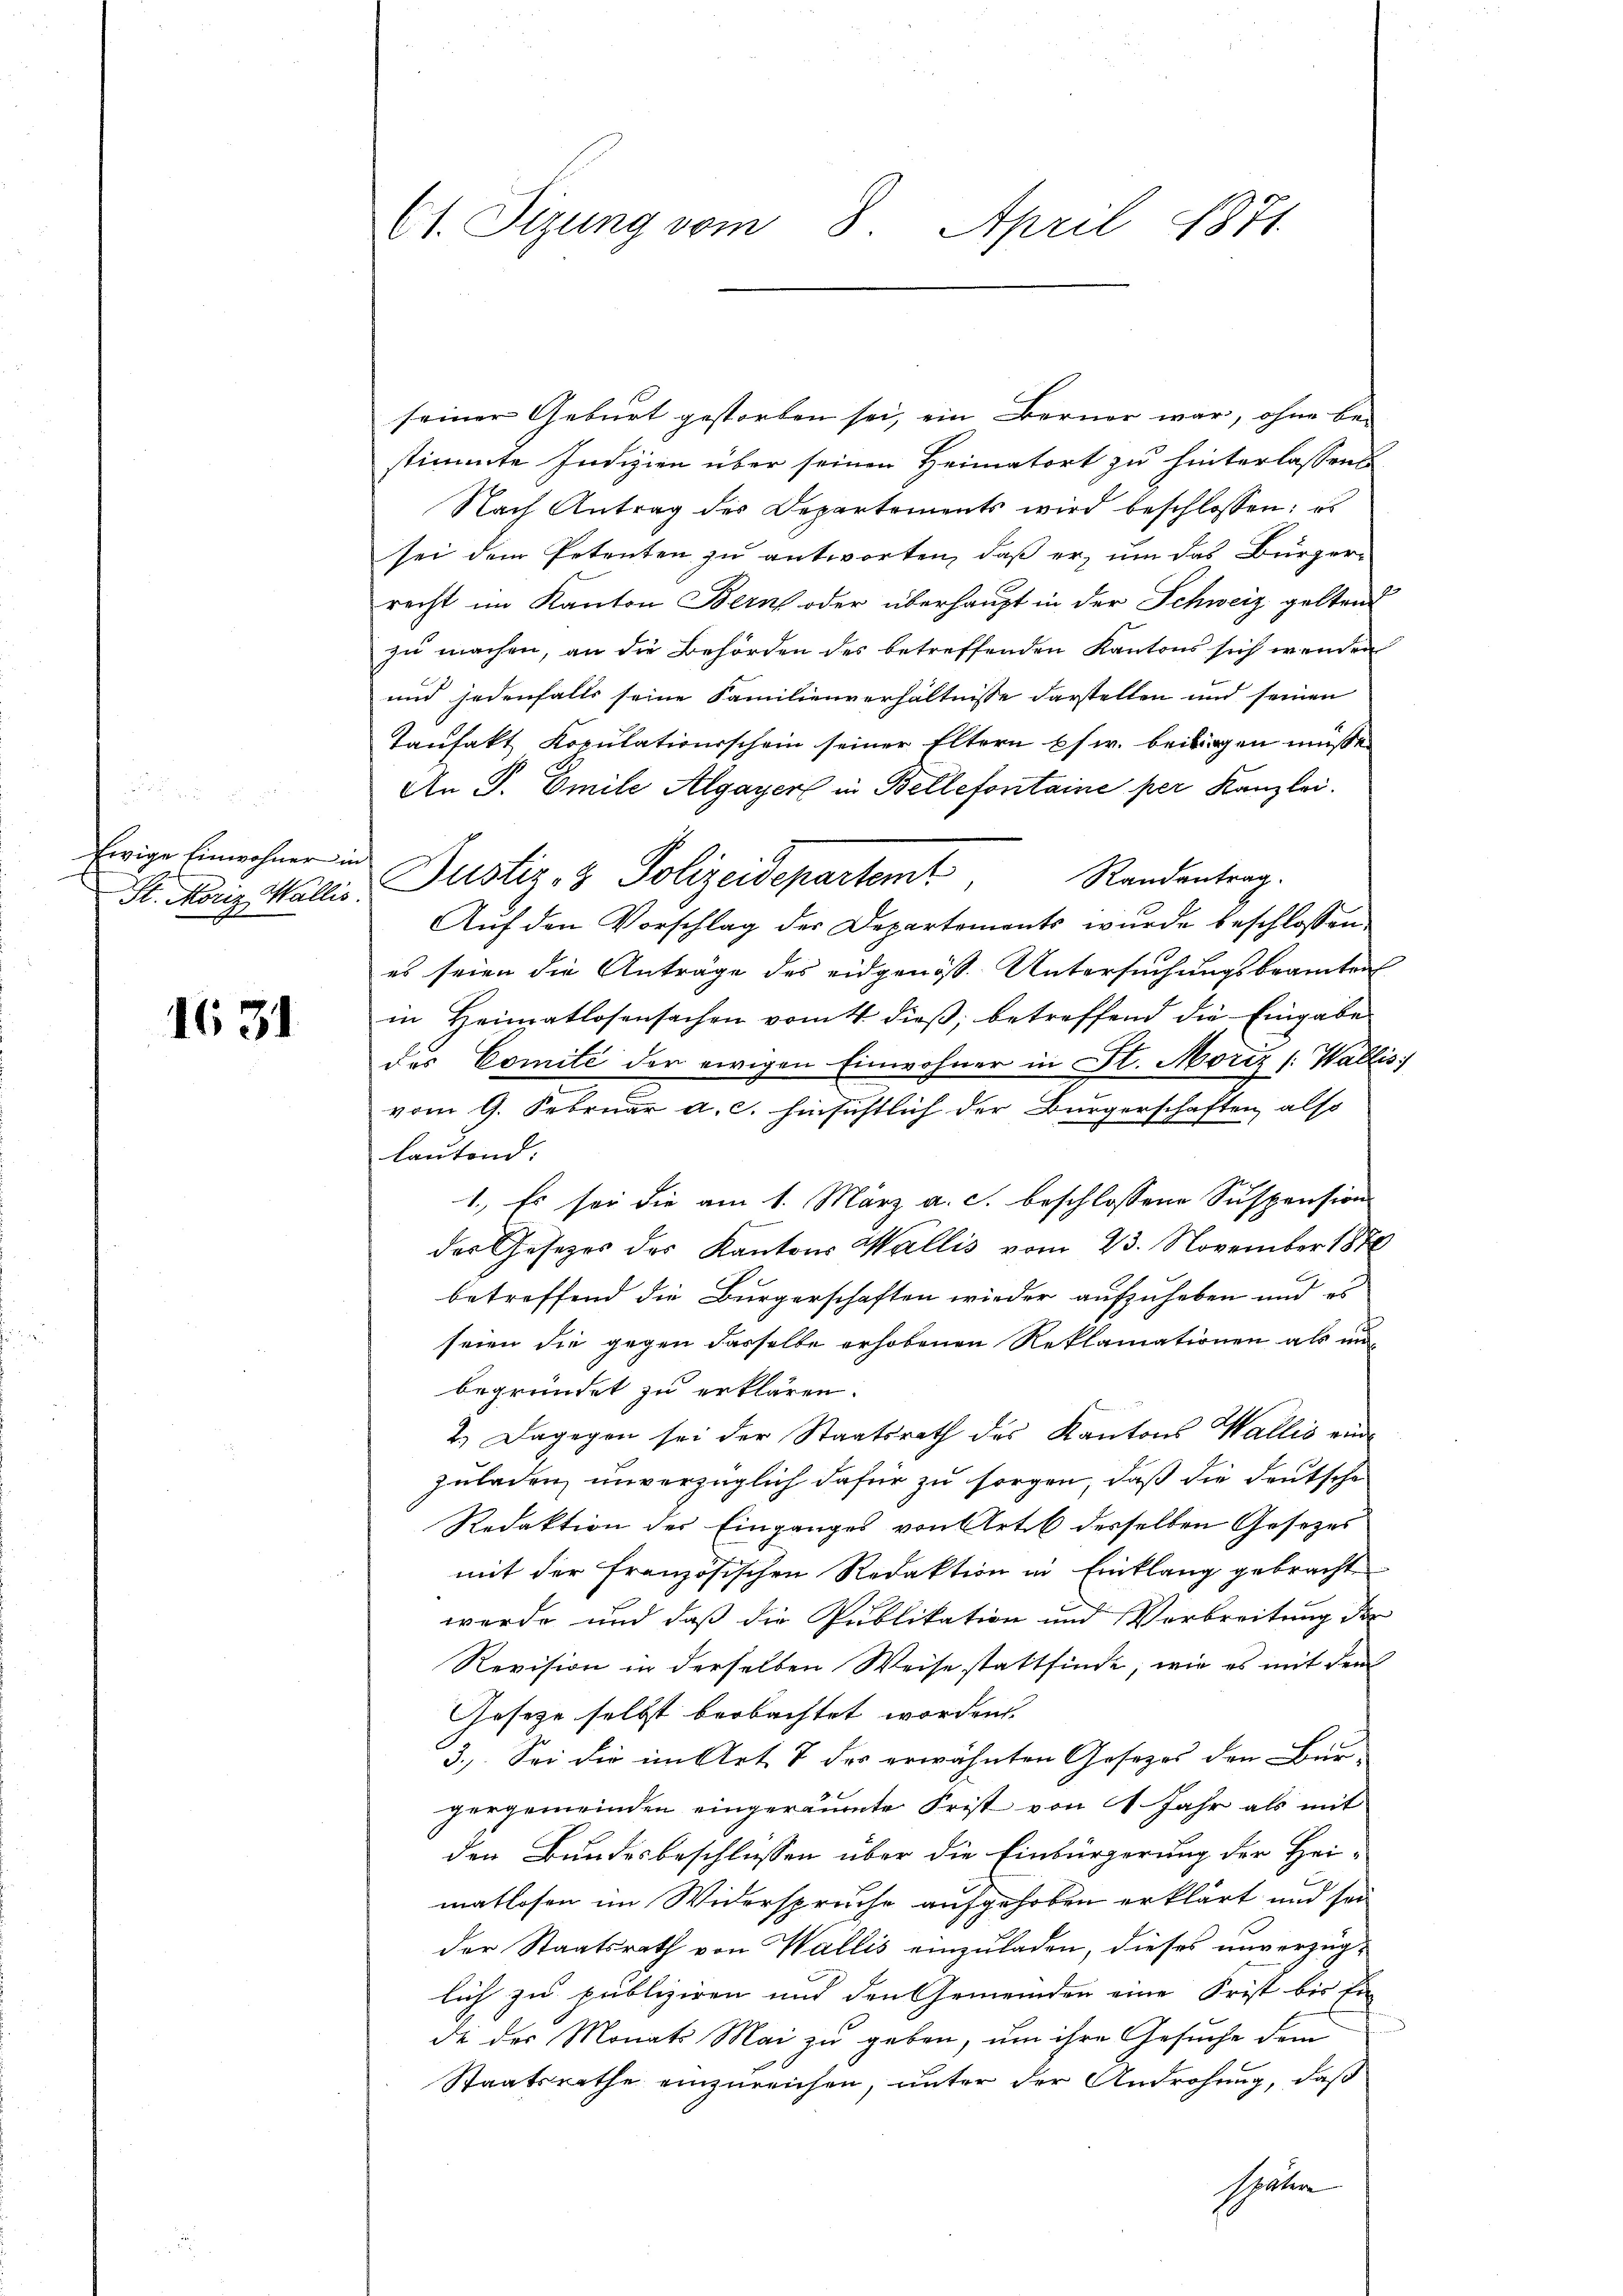
Ewige Einwohner in
St. Moriz Wallis.

1631

C1. Sizung vom 8. April 1871.

seiner Geburt gestorben sei, ein Berner war, ohne be-
stimmte Indizien über seinen Heimatort zu hinterlassens
Nach Antrag der Departements wird beschlossen: es
sei dem Petenten zu antworten, daß er, um das Bürgerrecht im Kanton Bern oder überhaupt in der Schweiz geltens
zu machen, an die Behörden des betreffenden Kantons sich wenden
und jedenfalls seine Familienverhältnisse darstellen und seinen
Taufakt Kopulationsschein seiner Eltern es w. beiligen müsse.
An P. Emile Algayer in Bellefonitaine per Kanzlei.
Randantrag.
Auf den Vorschlag der Departements wurde beschlossen
es seien die Anträge des eidgenöß. Untersuchungsbeamten
in Heimatlosensachen vom 4 dieß, betreffend die Eingabe
des Comité der ewigen Einwohner in St. Moriz /: Wallis
vom 9. Februar a. c. hinsichtlich der Bürgerschaften also
lautend.
1., Es sei die am 1. März a. c. beschlossene Suspension
des Gesezes des Kantons Wallis vom 23. November 1870
betreffend die Bürgerschaften wieder aufzuheben und es
seien die gegen dasselbe erhobenen Reklamationen als unbegründet zu erklären.
2.) Dagegen sei der Staatsrath des Kantons Wallis einzuladen, unverzüglich dafür zu sorgen, daß die deutsche
Redaktion des Einganges von Art derselben Gesetzes
mit der französischen Redaktion in Einklang gebracht
werde und daß die Publikation und Verbreitung der
Revision in derselben Weise stattfinde, wie es mit den
Gesetze selbst beobachtet worden. |
3.) Sei die im Art. 7 des erwähnten Gesezes den Bür
gergemeinden eingeräumte Frist von 4. Jahr als mit
den Bundesbeschlüssen über die Einbürgerung der Hei-
matlosen im Widerspruche aufgehoben erklärt und sei
der Staatsrath von Wallis einzuladen, dieses unverzüglich zu publiziren und den Gemeinden eine Frist bis Ein
de der Monats Mai zu geben, um ihre Gesuche dem
Staatsrathe einzureichen, unter der Androhung, daß
shaben

Justiz- & Polizeidepartemt